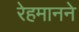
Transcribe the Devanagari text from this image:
रेहमानने